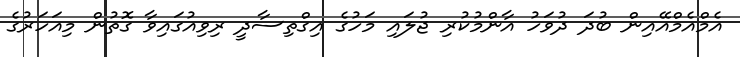
އެމްއެމްއޭއިން ބުދަ ދުވަހު އާންމުކުރި ޖުލައި މަހުގެ އިގްތިސާދީ ރިވިއުގައިވާ ގޮތުން މިއަހަރުގެ